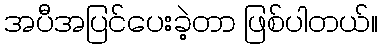
အပီအပြင်ပေးခဲ့တာ ဖြစ်ပါတယ်။